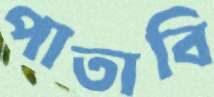
পাতাবি